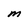
Character: M